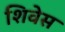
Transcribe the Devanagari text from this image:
शिवेस